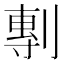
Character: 剸